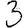
Digit: 3